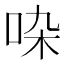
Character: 𠱞